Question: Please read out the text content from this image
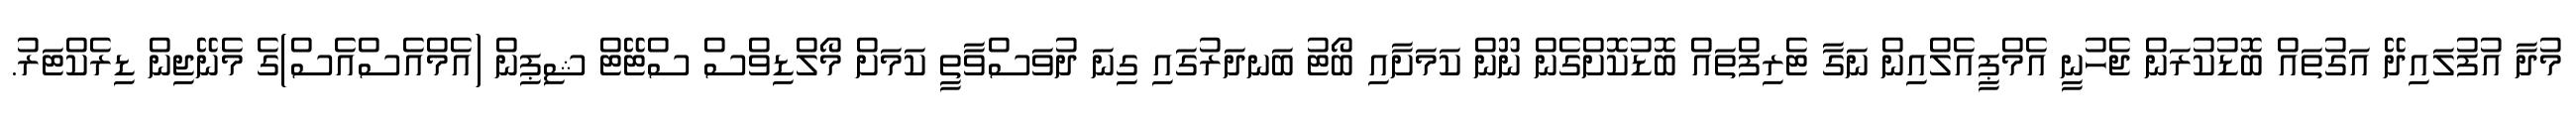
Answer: މުދާ އުފުލައިދޭ އަގުތައް ބޮޑުކުރަން ޖެހުނީ އެމްޕީއެލްއިން ނަގާ ޓެރިފްތައް ބޮޑުކޮށްގެން ނޫން ކަމަށާއި ބޯޓު ބަނދަރުގައި ގިނަ ދުވަސްވާތީ ކަމަށް މޯލްޑިވްސް ސްޓޭޓް ޝިޕިން (އެމްއެސްއެސް)ގެ މެނޭޖިން ޑިރެކްޓަރު.